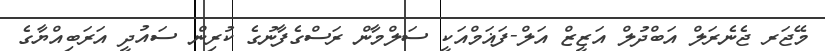
މޭޖަރ ޖެނެރަލް އަބްދުލް އަޒީޒް އަލް-ފަޣަމްއަކީ ސަލްމާން ރަސްގެފާނުގެ ކުރިން ސައުދީ އަރަބިއްޔާގެ